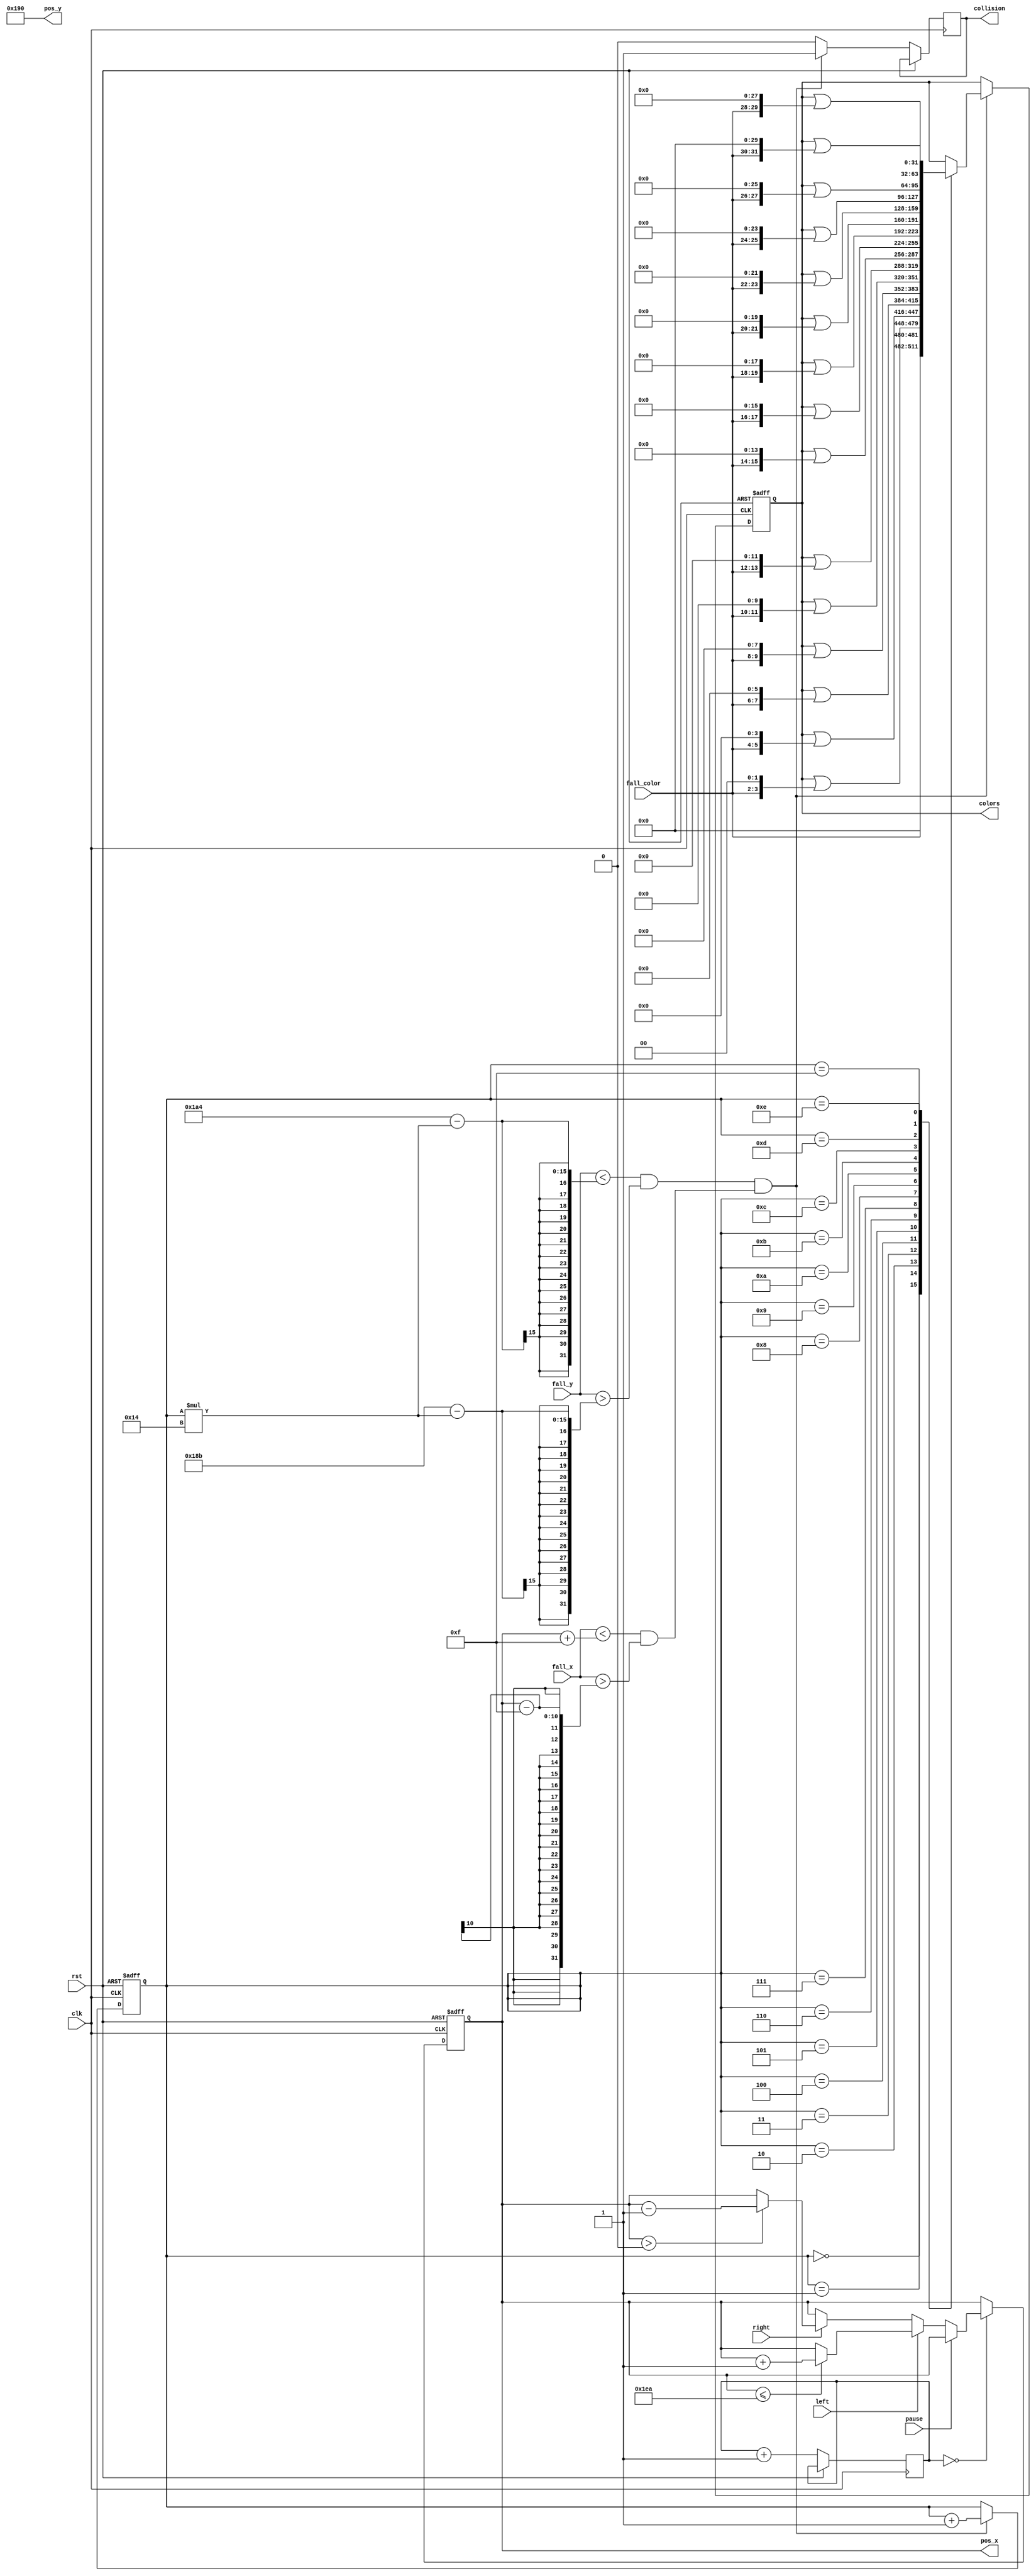
`timescale 1ns / 1ps
//////////////////////////////////////////////////////////////////////////////////
// Company: 
// Engineer: 
// 
// Design Name: 
// Module Name:    stack 
// Project Name: 
// Target Devices: 
// Tool versions: 
// Description: 
//
// Dependencies: 
//
// Revision: 
// Revision 0.01 - File Created
// Additional Comments: 
//
//////////////////////////////////////////////////////////////////////////////////
module stack(
    input clk,
    input rst,
	 input pause,
    input left,
    input right,
    input [9:0] fall_x,
    input [9:0] fall_y,
    input [1:0] fall_color,
    output [9:0] pos_x,
    output [9:0] pos_y,
    output [31:0] colors,
    output reg collision
    );

    // coordinate counts from top left of block
    reg [9:0] BASE_Y = 400;
    reg [9:0] HEIGHT_RATIO = 20;

    // MOVEMENT
    reg [9:0] x;
    reg [17:0] divider;
    reg [9:0] h;
    
	 reg [31:0] c;
	 
    // detect collision  
    //wire [9:0] pos_y;
    //assign top_y = BASE_Y  - (h * HEIGHT_RATIO) - 5;

    wire y_collide = (fall_y < (400 + 20 - (h * 20))) & (fall_y > (400 - 5 - (h * 20)));
	 //wire y_collide = (fall_y < (top_y + HEIGHT_RATIO)) & (fall_y > top_y);
    wire x_collide = (fall_x < (x + 15)) & (fall_x > (x - 15));  // 15 denotes pixels of leeway

    always @(posedge clk, posedge rst) begin
    
        // reset condition
        if (rst == 1) begin
            x <= 300;
            h = 0;
            c = 32'b0;
        end
        else begin
            if ((y_collide & x_collide)) begin
                // remove falling object
                collision = 1;
					
					 // add to color
                case (h) 
						0: c = fall_color;
						1: c = c | {fall_color, 2'b0};
						2: c = c | {fall_color, 4'b0};
						3: c = c | {fall_color, 6'b0};
						4: c = c | {fall_color, 8'b0};
						5: c = c | {fall_color, 10'b0};
						6: c = c | {fall_color, 12'b0};
						7: c = c | {fall_color, 14'b0};
						8: c = c | {fall_color, 16'b0};
						9: c = c | {fall_color, 18'b0};
						10: c = c | {fall_color, 20'b0};
						11: c = c | {fall_color, 22'b0};
						12: c = c | {fall_color, 24'b0};
						13: c = c | {fall_color, 26'b0};
						14: c = c | {fall_color, 28'b0};
						15: c = c | {fall_color, 30'b0};
					 
					 endcase
					 
					 h = h + 1;
            end
            else begin
                collision = 0;
            end
            
				// movement
            divider <= divider + 1;
            if (divider == 0) begin
					if(pause == 0) begin
						 if (left == 1) begin
							  if (x <= 640 - 150)
									x <= x + 1;
						 end
						 else if (right == 1) begin
							  if (x > 0)
									x <= x - 1;
						 end
					end
            end
            
        end
    end

    assign pos_x = x; 
    assign pos_y = BASE_Y;
    assign colors = c;
    
endmodule